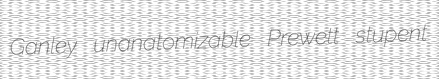
Ganley unanatomizable Prewett stupent